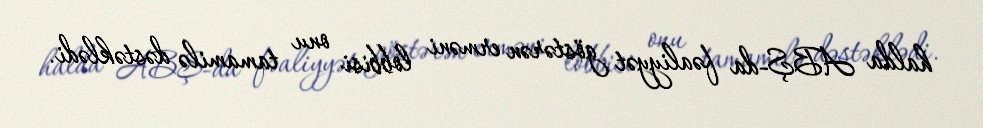
halda ABŞ-da fəaliyyət göstərən erməni lobbisi onu tamamilə dəstəklədi.